Note on the mental hospitals in Burma - 1925-1940
Year: 1925
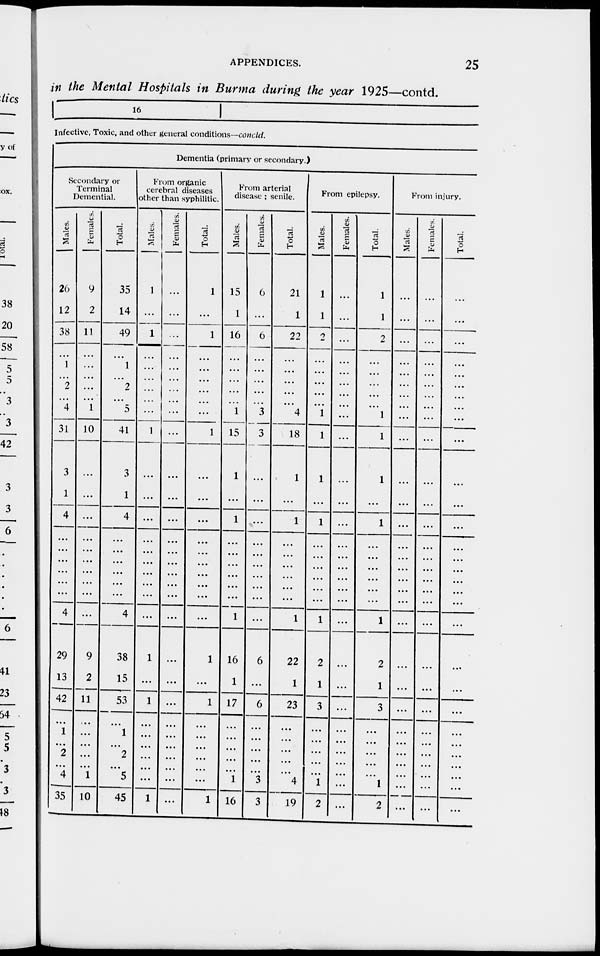
APPENDICES.
25
in the Mental Hospitals in Burma during the year 1925—contd.
16
Infective, Toxic, and other general conditions—concld.
Dementia (primary or secondary.)
Secondary or
Terminal
Demential.
Males.
26
12
38
...
1
...
2
...
4
31
3
1
4
...
...
...
...
...
...
4
29
13
42
...
1
...
2
...
4
35
Females.
9
2
11
...
...
...
...
...
1
10
...
...
...
...
...
...
...
...
...
...
9
2
11
...
...
...
...
...
1
10
Total.
35
14
49
...
1
...
2
...
5
41
3
1
4
...
...
...
...
...
...
4
38
15
53
...
1
...
2
...
5
45
From organic
cerebral diseases
other than syphilitic.
Males.
1
...
1
...
...
...
...
...
...
1
...
...
...
...
...
...
...
...
...
...
1
...
1
...
...
...
...
...
...
1
Females.
...
...
...
...
...
...
...
...
...
...
...
...
...
...
...
...
...
...
...
...
...
...
...
...
...
...
...
...
...
...
Total.
1
...
1
...
...
...
...
...
...
1
...
...
...
...
...
...
...
...
...
...
1
...
1
...
...
...
...
...
...
1
From arterial
disease ; senile.
Males.
15
1
16
...
...
...
...
...
1
15
1
...
1
...
...
...
...
...
...
1
16
1
17
...
...
...
...
...
1
16
Females.
6
...
6
...
...
...
...
...
3
3
...
...
...
...
...
...
...
...
...
...
6
...
6
...
...
...
...
...
3
3
Total.
21
1
22
...
...
...
...
...
4
18
1
...
1
...
...
...
...
...
...
1
22
1
23
...
...
...
...
...
4
19
From epilepsy.
Males.
1
1
2
...
...
...
...
...
1
1
1
...
1
...
...
...
...
...
...
1
2
1
3
...
...
...
...
...
1
2
Females.
...
...
...
...
...
...
...
...
...
...
...
...
...
...
...
...
...
...
...
...
...
...
...
...
...
...
...
...
...
...
Total.
1
1
2
...
...
...
...
...
1
1
1
...
1
...
...
...
...
...
...
1
2
1
3
...
...
...
...
...
1
2
From injury.
Males.
...
...
...
...
...
...
...
...
...
...
...
...
...
...
...
...
...
...
...
...
...
...
...
...
...
...
...
...
...
...
Females.
...
...
...
...
...
...
...
...
...
...
...
...
...
...
...
...
...
...
...
...
...
...
...
...
...
...
...
...
...
...
Total.
...
...
...
...
...
...
...
...
...
...
...
...
...
...
...
...
...
...
...
...
...
...
...
...
...
...
...
...
...
...